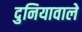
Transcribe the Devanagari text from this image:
दुनियावाले